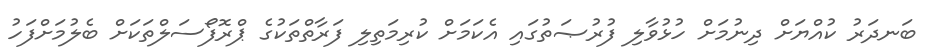
ބަނދަރު ކުއްޔަށް ދިނުމަށް ހުޅުވާލި ފުރުޞަތުގައި އެކަމަށް ކުރިމަތިލި ފަރާތްތަކުގެ ޕްރޮފޯސަލްތަކަށް ބެލުމަށްފަހު